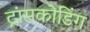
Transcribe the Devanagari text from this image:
ट्रांसकोडिंग